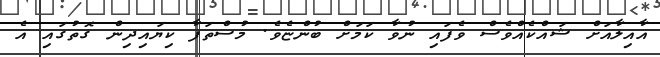
އާއިލާއަށް ޝައްކެއްވެސް ވެފައި ނުވާ ކަމަށް ބުންޏެވެ. މުސްތަފާ ކިޔައިދިން ގޮތުގައި އެ